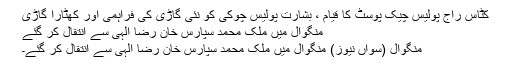
کٹاس راج پولیس چیک پوسٹ کا قیام ، بشارت پولیس چوکی کو نئی گاڑی کی فراہمی اور کھٹارا گاڑی
منگوال میں ملک محمد سپارس خان رضا الٰہی سے انتقال کر گئے
منگوال (سواں نیوز) منگوال میں ملک محمد سپارس خان رضا الٰہی سے انتقال کر گئے۔